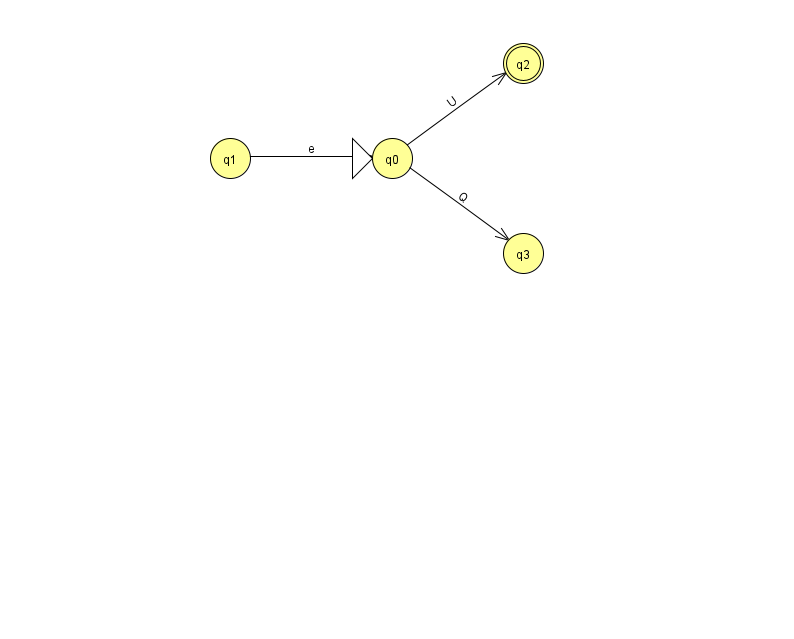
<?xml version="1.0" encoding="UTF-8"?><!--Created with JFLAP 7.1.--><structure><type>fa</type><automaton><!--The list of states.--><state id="0" name="q0"><x>392.0</x><y>145.0</y><initial/></state><state id="1" name="q1"><x>230.0</x><y>145.0</y></state><state id="2" name="q2"><x>523.0</x><y>50.0</y><final/></state><state id="3" name="q3"><x>523.0</x><y>240.0</y></state><!--The list of transitions.--><transition><from>0</from><to>3</to><read>Q</read></transition><transition><from>1</from><to>0</to><read>e</read></transition><transition><from>0</from><to>2</to><read>U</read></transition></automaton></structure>